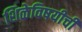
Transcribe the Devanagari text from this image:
शिळेविषयीची